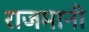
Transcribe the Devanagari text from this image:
राजमानी